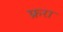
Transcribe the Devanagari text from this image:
फ्ररा